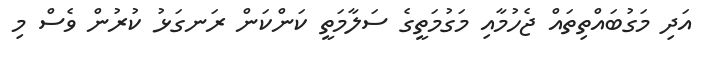
އަދި މަގުބައްތިތައް ޖެހުމާއި މަގުމަތީގެ ސަލާމަތީ ކަންކަން ރަނގަޅު ކުރުން ވެސް މި